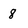
Character: 8